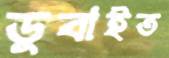
ডুবাইত